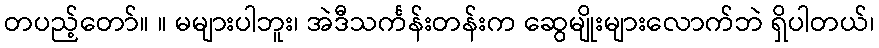
တပည့်တော်။ ။ မများပါဘူး၊ အဲဒီသင်္ကန်းတန်းက ဆွေမျိုးများလောက်ဘဲ ရှိပါတယ်၊